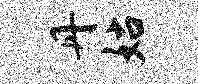
丹姑